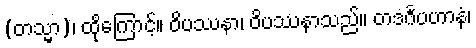
(တသ္မာ)၊ ထိုကြောင့်။ ဝိပဿနာ၊ ဝိပဿနာသည်။ တဒင်္ဂပဟာနံ၊